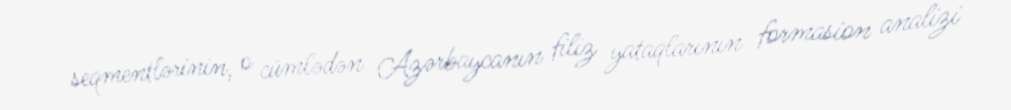
seqmentlərinin, o cümlədən Azərbaycanın filiz yataqlarının formasion analizi